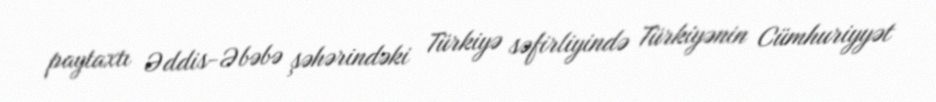
paytaxtı Əddis-Əbəbə şəhərindəki Türkiyə səfirliyində Türkiyənin Cümhuriyyət